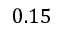
0 . 1 5